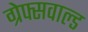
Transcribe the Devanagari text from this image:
ग्रेफ्सवाल्ड